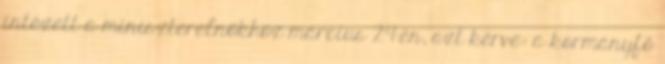
intézett a miniszterelnökhöz március 24-én, azt kérve: a kormányfő